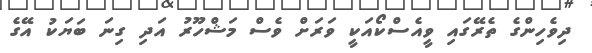
ދިވެހިންގެ ތެރޭގައި ވީއެސްކޯއަކީ ވަރަށް ވެސް މަޝްހޫރު އަދި ގިނަ ބަޔަކު އޭގެ